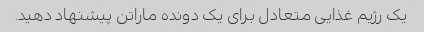
یک رژیم غذایی متعادل برای یک دونده ماراتن پیشنهاد دهید.